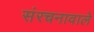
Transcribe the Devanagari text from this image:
संरचनावाले